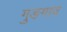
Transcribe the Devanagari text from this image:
गुङगाव